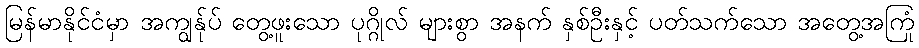
မြန်မာနိုင်ငံမှာ အကျွန်ုပ် တွေ့ဖူးသော ပုဂ္ဂိုလ် များစွာ အနက် နှစ်ဦးနှင့် ပတ်သက်သော အတွေ့အကြုံ